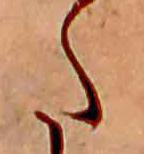
た